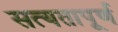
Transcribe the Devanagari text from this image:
सत्यतापूर्ण